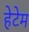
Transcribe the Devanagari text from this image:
हेटेम